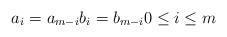
LaTeX: \begin{align*}a_i=a_{m-i} b_i=b_{m-i}0 \leq i \leq m\end{align*}